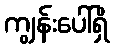
ကျွန်းပေါ်ရှိ